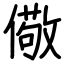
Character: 儆